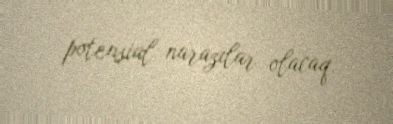
potensial narazılar olacaq.